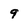
Character: 9